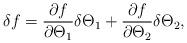
LaTeX: \begin{align*}\delta f = \frac{\partial f}{\partial \Theta_1} \delta \Theta_1 +\frac{\partial f}{\partial \Theta_2} \delta \Theta_2,\end{align*}